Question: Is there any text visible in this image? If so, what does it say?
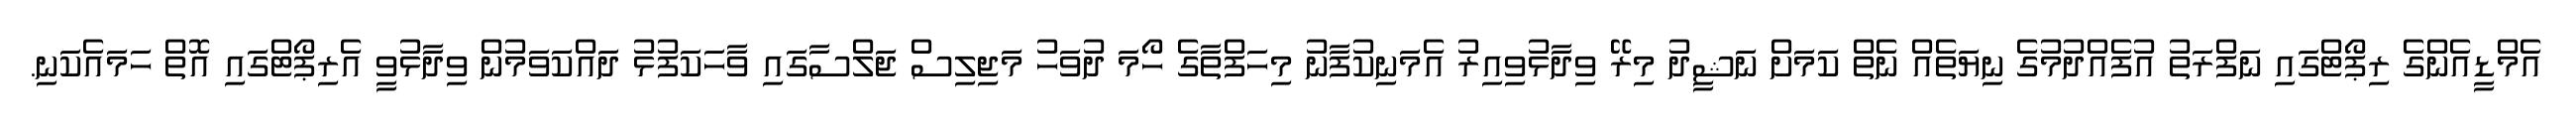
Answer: އެމްޑީއެންގެ ރިޕޯޓްގައި ނަފްރަތު އުފެއްދުމުގެ ނިޔަތެއް ނެތް ކަމަށް ނަޝީދު މިރޭ ވިދާޅުވިއިރު އެމަނިކުފާނު މިހަފްތާގެ ހޯމަ ދުވަހު މަޖިލިސް ޖަލްސާގައި ވާހަކަފުޅު ދައްކަވަމުން ވިދާޅުވީ އެރިޕޯޓްގައި އޮތް ހަމައެކަނި.